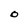
Character: O